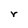
Character: r